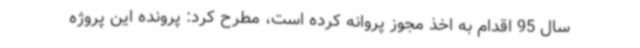
سال 95 اقدام به اخذ مجوز پروانه کرده است، مطرح کرد: پرونده این پروژه